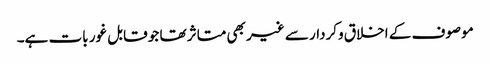
موصوف کے اخلاق وکردار سے غیر بھی متاثر تھا جو قابل غور بات ہے۔